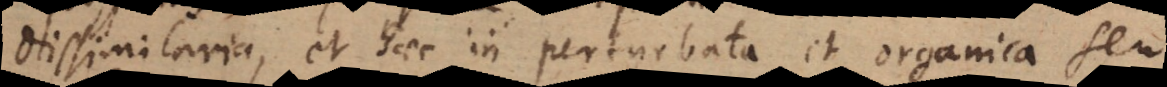
dissimilaria, et haec in perturbata et organica seu